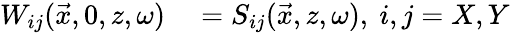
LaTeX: \begin{array}{rl}{W_{ij}(\vec{x},0,z,\omega)}&{{}=S_{ij}(\vec{x},z,\omega),~i,j=X,Y}\end{array}